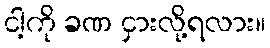
ငါ့ကို ခဏ ငှားလို့ရလား။